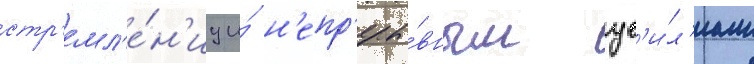
стр'емл'е́н'иу и́ н'епр'еры́вным ус'и́л'иам